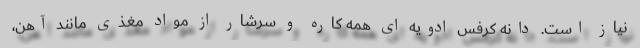
نیاز است. دانه کرفس ادویه ای همه کاره و سرشار از مواد مغذی مانند آهن،